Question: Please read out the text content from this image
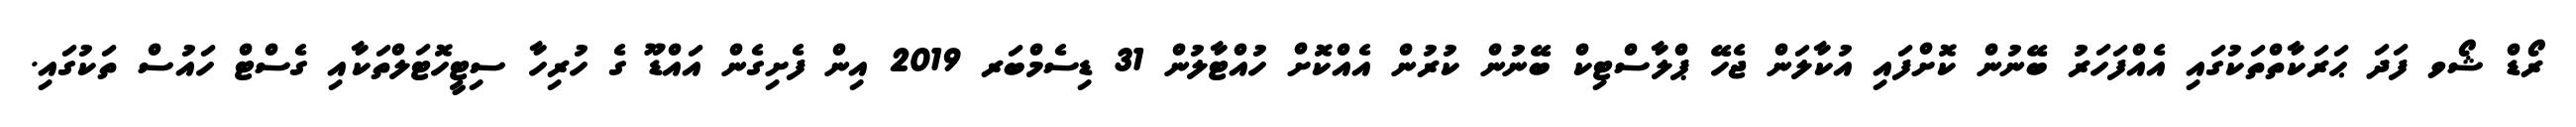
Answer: ރޯޑް ޝޯވ ފަދަ ޙަރަކާތްތަކުގައި އެއްފަހަރު ބޭނުން ކޮށްފައި އުކާލަން ޖެހޭ ޕްލާސްޓިކް ބޭނުން ކުރުން އެއްކޮށް ހުއްޓާލުން 31 ޑިސެމްބަރ 2019 އިން ފެށިގެން އައްޑޫ ގެ ހުރިހާ ސިޓީހޮޓަލްތަކާއި ގެސްޓް ހައުސް ތަކުގައި.